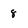
Character: 8